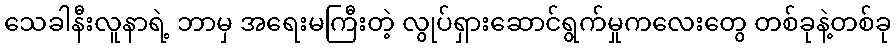
သေခါနီးလူနာရဲ့ ဘာမှ အရေးမကြီးတဲ့ လွုပ်ရှားဆောင်ရွက်မှုကလေးတွေ တစ်ခုနဲ့တစ်ခု